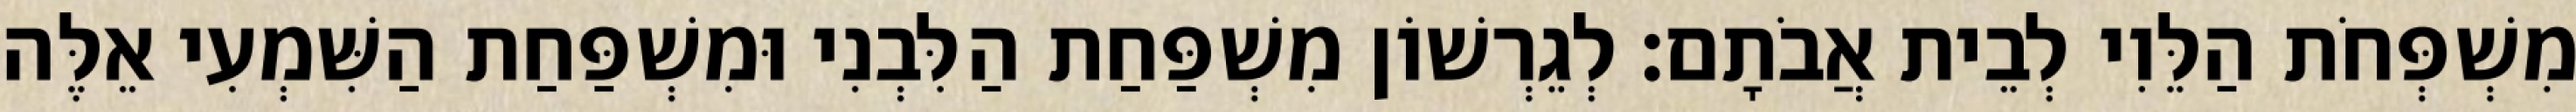
מִשְׁפְּחֹת הַלֵּוִי לְבֵית אֲבֹתָם׃ לְגֵרְשׁוֹן מִשְׁפַּחַת הַלִּבְנִי וּמִשְׁפַּחַת הַשִּׁמְעִי אֵלֶּה